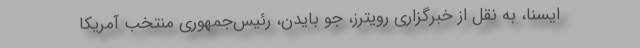
ایسنا، به نقل از خبرگزاری رویترز، جو بایدن، رئیس‌جمهوری منتخب آمریکا